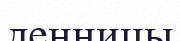
денницы